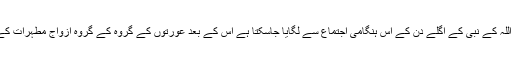
اس رات مدینہ میں مردوں نے جوکچھ کیا اس کا اندازہ اللہ کے نبیؐ کے اگلے دن کے اس ہنگامی اجتماع سے لگایا جاسکتا ہے اس کے بعد عورتوں کے گروہ کے گروہ ازواج مطہرات کے پاس آئے جو اپنے خاوندوں کی شکایت کر رہی تھیں۔